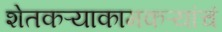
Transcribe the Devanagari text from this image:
शेतकऱ्याकामकऱ्यांचं